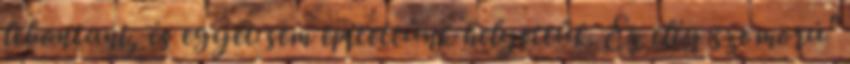
lebontani, és egyet sem építettünk helyettük. Ez elég szomorú"